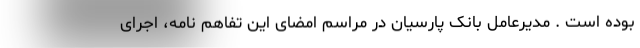
بوده است . مدیرعامل بانک پارسیان در مراسم امضای این تفاهم نامه، اجرای